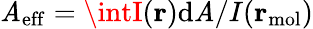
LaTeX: \mathit{A}_{\mathrm{{eff}}}=\intI(\mathbf{{r}})\mathrm{{d}}\mathit{A}/I(\mathbf{{r}}_{\mathrm{{mol}}})